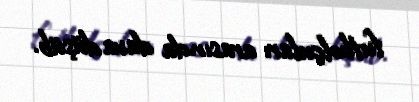
futbolçuları arasında dava düşüb.